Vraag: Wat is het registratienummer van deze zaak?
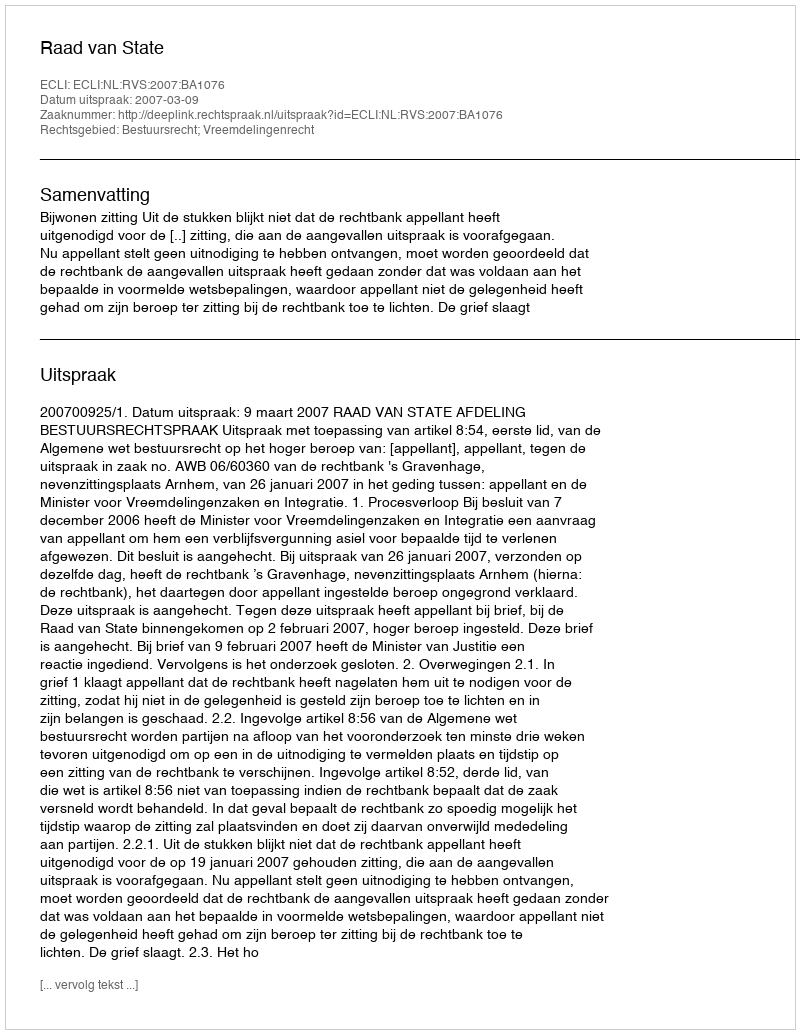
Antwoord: http://deeplink.rechtspraak.nl/uitspraak?id=ECLI:NL:RVS:2007:BA1076